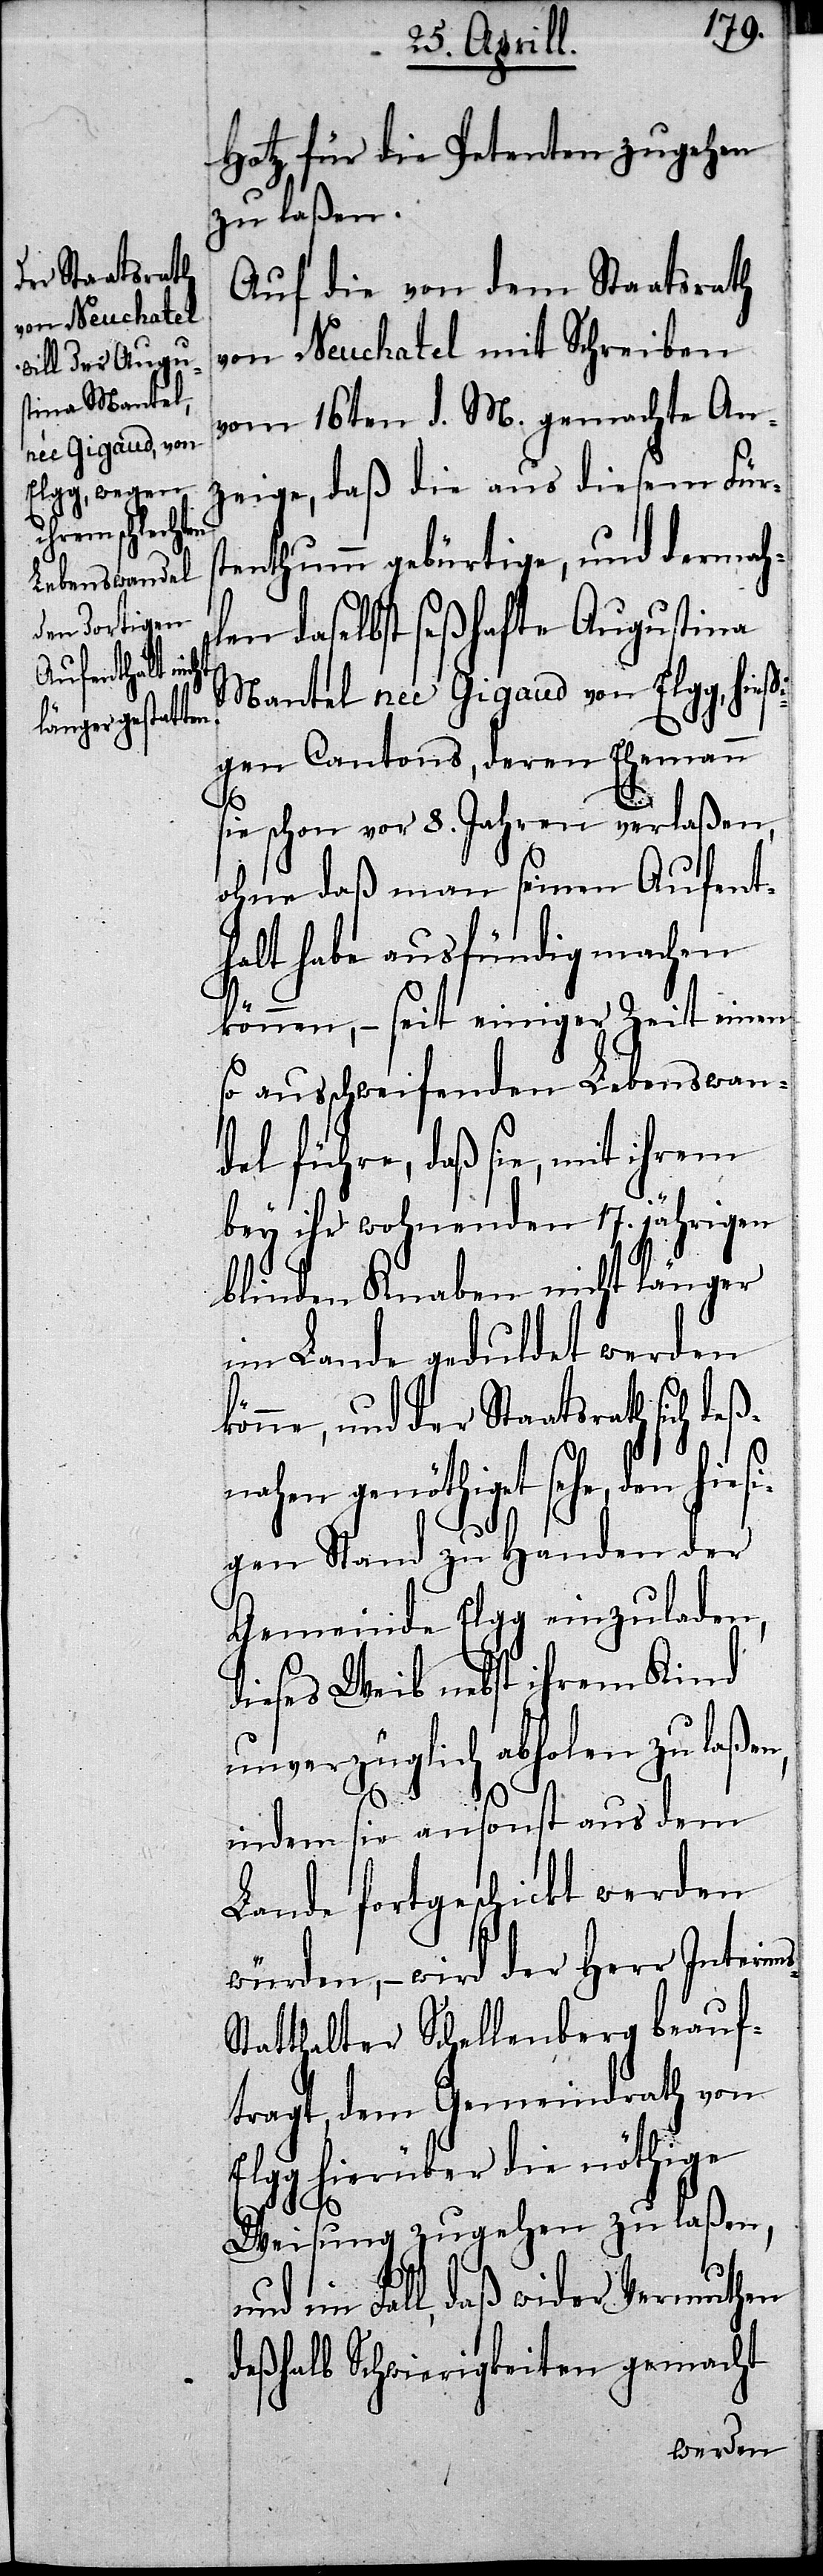
Hotz für die Petenten zugehen
zu laßen.
Auf die von dem Staatsrath
von Neuchatel mit Schreiben
vom 16ten d. M. gemachte An¬
zeige, daß die aus diesem Fürs¬
tenthum gebürtige, und dermah¬
len daselbst seßhafte Augustina
Mantel nee Gigaud von Elgg, hießi¬
gen Cantons, deren Ehemann
s-S¬
sie schon vor 8. Jahren verlaßen,
ohne daß man seinen Aufent¬
halt habe ausfündig machen
können,– seit einiger Zeit einen
so ausschweifenden Lebenswan¬
del führe, daß sie, mit ihrem
bey ihr wohnenden 17. jährigen
blinden Knaben nicht länger
im Lande geduldet werden
könne, und der Staatsrath s¬
sehe, den hiesi¬
gen Stand zu Handen der
Gemeinde Elgg einzuladen,
dieses Weib nebst ihrem Kind
unverzüglich abholen zu laßen,
indem sie ansonst aus dem
Lande fortgeschickt werden
würden,– wird der Herr Interim¬
tatthalter Schellenberg beauf¬
tragt, dem Gemeindrath von
Elgg hierüber die nöthige
Weisung zugehen zu laßen,
und im Fall, daß wider Vermuthen
deßhalb Schwierigkeiten gemacht